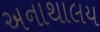
અનાથાલય